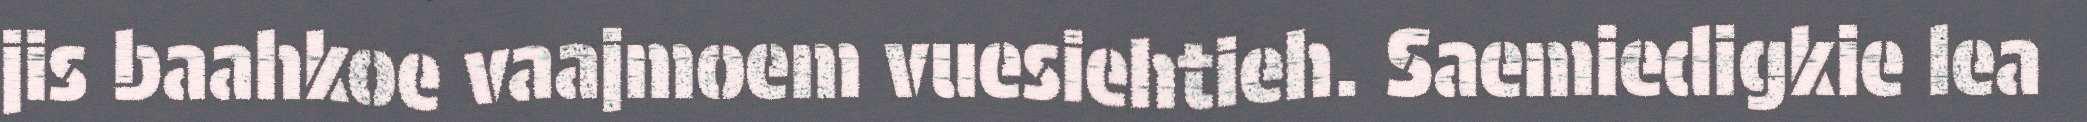
jis baahkoe vaajmoem vuesiehtieh. Saemiedigkie lea